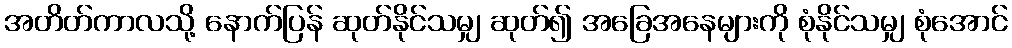
အတိတ်ကာလသို့ နောက်ပြန် ဆုတ်နိုင်သမျှ ဆုတ်၍ အခြေအနေများကို စုံနိုင်သမျှ စုံအောင်